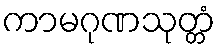
ကာမဂုဏသုတ္တံ